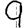
Digit: 9